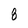
Character: 8